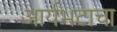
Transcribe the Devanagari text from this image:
आर्यभटाचा